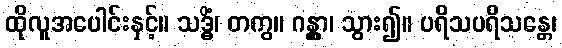
ထိုလူအပေါင်းနှင့်။ သဒ္ဓိံ၊ တကွ။ ဂန္တွာ၊ သွား၍။ ပရိသပရိသန္တေ၊